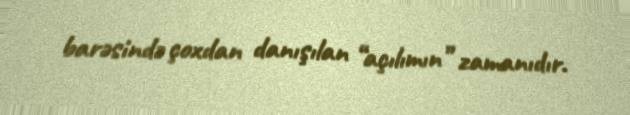
barəsində çoxdan danışılan “açılımın” zamanıdır.